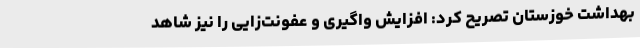
بهداشت خوزستان تصریح کرد: افزایش واگیری و عفونت‌زایی را نیز شاهد